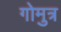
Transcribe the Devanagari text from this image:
गोमुत्र